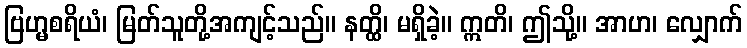
ဗြဟ္မစရိယံ၊ မြတ်သူတို့အကျင့်သည်။ နတ္ထိ၊ မရှိခဲ့။ ဣတိ၊ ဤသို့။ အာဟ၊ လျှောက်